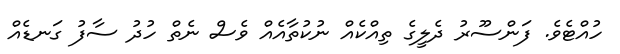
ހުއްޓެވެ. ފަންސޫރު ދެލީގެ ތިއްކެއް ނުކުތާއެއް ވެސް ނެތް ހުދު ސާފު ގަނޑެއް